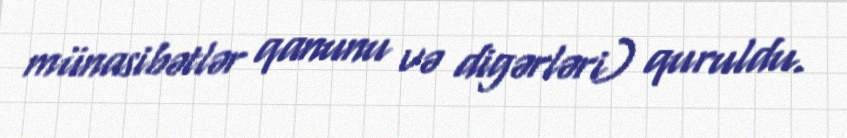
münasibətlər qanunu və digərləri) quruldu.